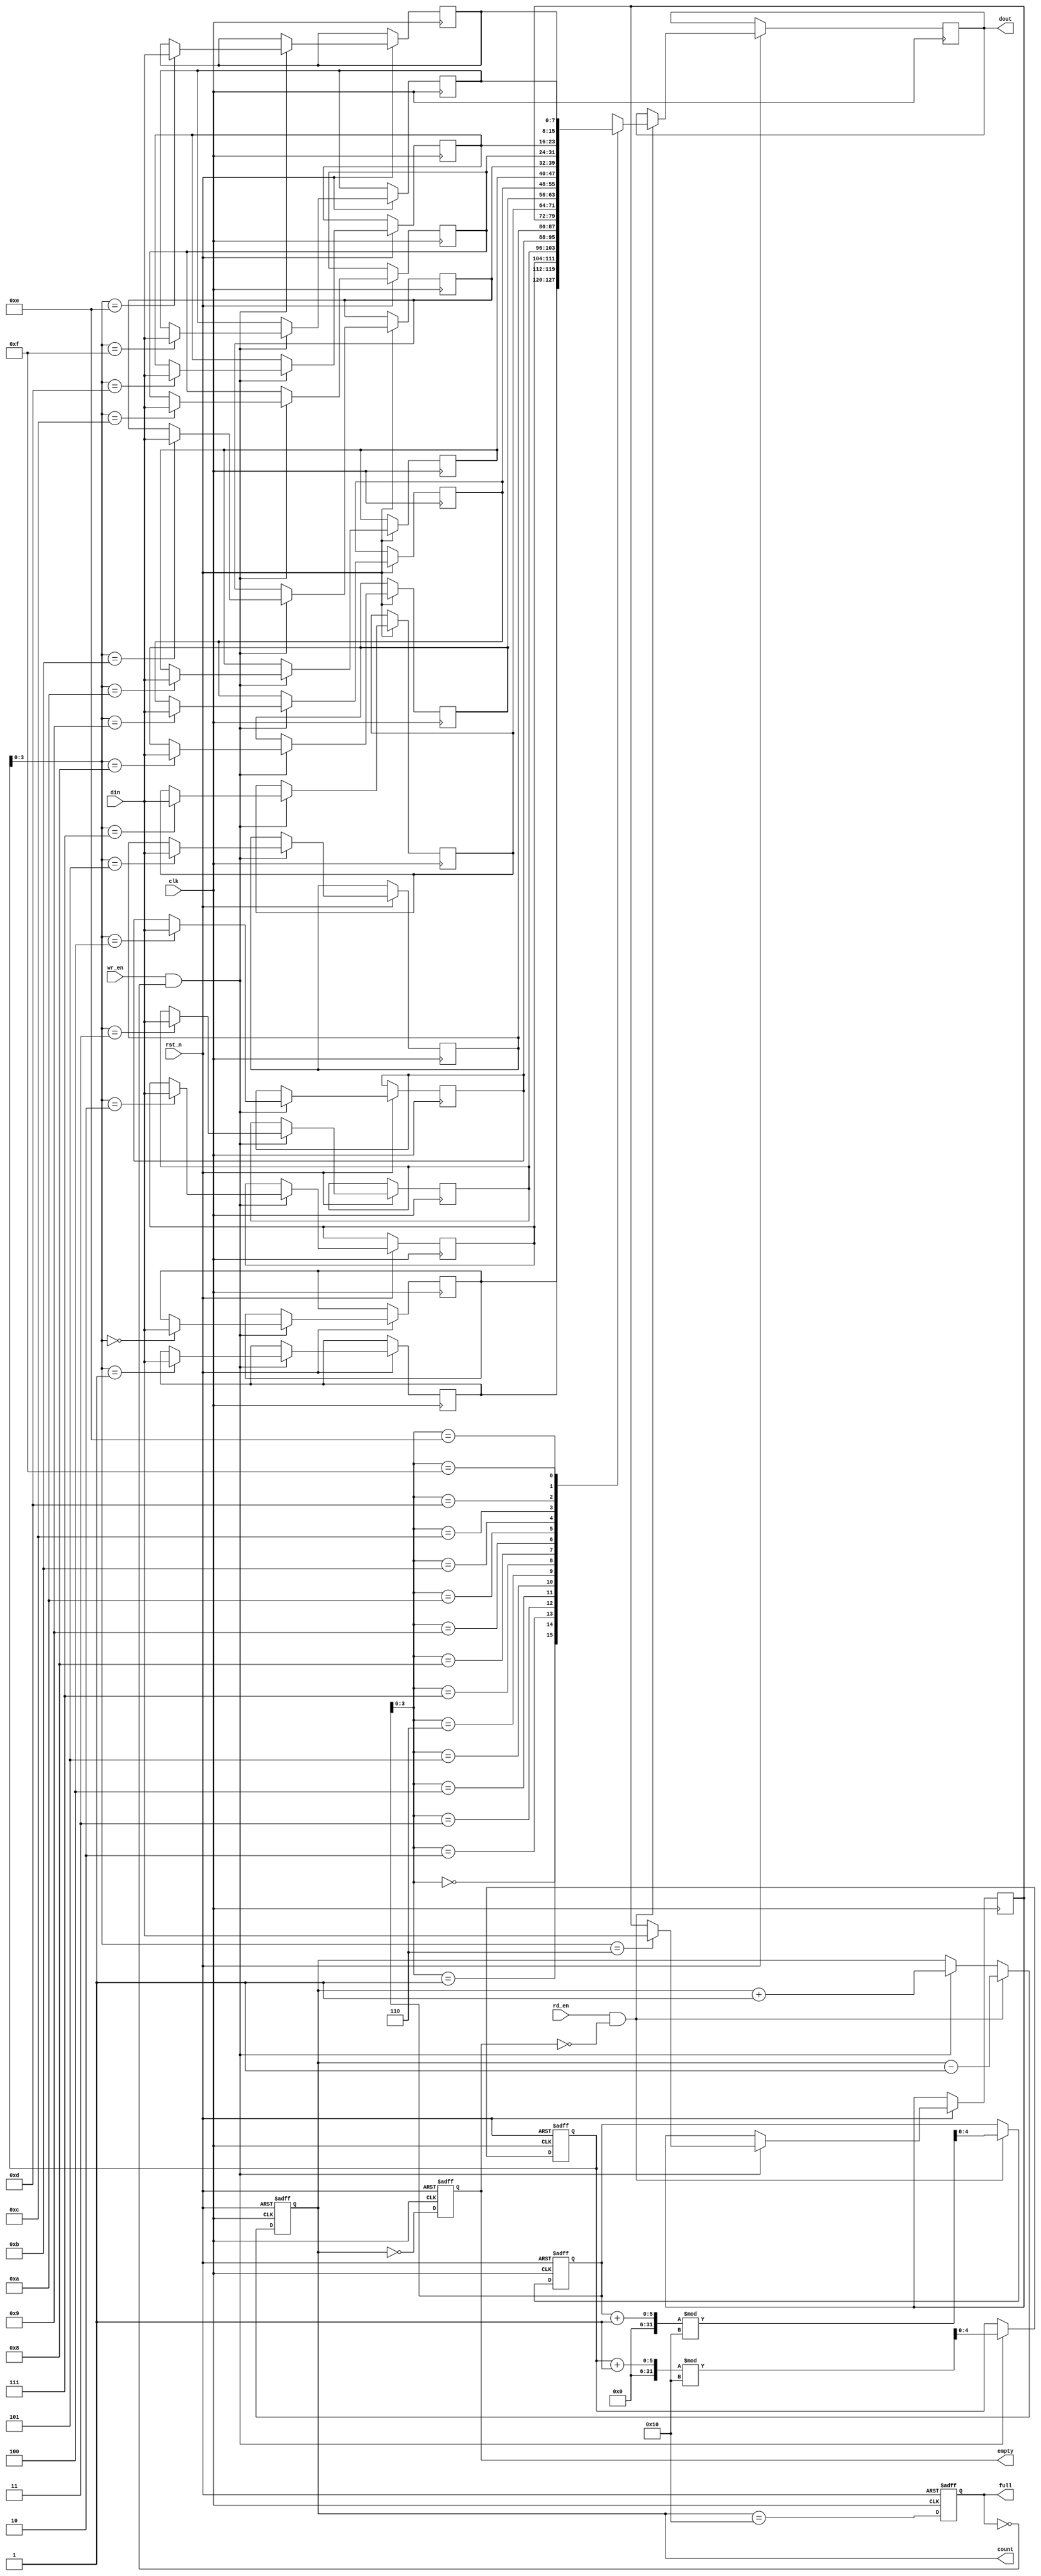
module parameterized_fifo #(
    parameter DATA_WIDTH = 8,  // Number of bits in each data entry
    parameter FIFO_DEPTH = 16   // Total number of entries the FIFO can hold
) (
    input wire clk,                // Clock signal
    input wire rst_n,              // Asynchronous reset signal (active low)
    input wire wr_en,              // Write enable signal
    input wire rd_en,              // Read enable signal
    input wire [DATA_WIDTH-1:0] din, // Data input
    output reg [DATA_WIDTH-1:0] dout, // Data output
    output reg full,              // Full status flag
    output reg empty,             // Empty status flag
    output reg [4:0] count        // Current number of entries in the FIFO
);

    // Memory array for FIFO storage
    reg [DATA_WIDTH-1:0] fifo_mem [0:FIFO_DEPTH-1];

    // Write and Read pointers
    reg [4:0] wr_ptr;             // Write pointer
    reg [4:0] rd_ptr;             // Read pointer

    // Initialize FIFO on reset
    always @(posedge clk or negedge rst_n) begin
        if (!rst_n) begin
            wr_ptr <= 0;
            rd_ptr <= 0;
            count <= 0;
            full <= 0;
            empty <= 1;
        end else begin
            // Write operation
            if (wr_en && !full) begin
                fifo_mem[wr_ptr] <= din;   // Store data in FIFO
                wr_ptr <= (wr_ptr + 1) % FIFO_DEPTH; // Increment and wrap
                count <= count + 1;
            end

            // Read operation
            if (rd_en && !empty) begin
                dout <= fifo_mem[rd_ptr];   // Read data from FIFO
                rd_ptr <= (rd_ptr + 1) % FIFO_DEPTH; // Increment and wrap
                count <= count - 1;
            end

            // Update full and empty flags
            full <= (count == FIFO_DEPTH);
            empty <= (count == 0);
        end
    end
endmodule